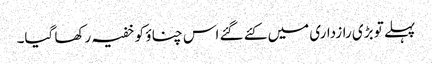
پہلے تو بڑی رازداری میں کئے گئے اس چناؤ کو خفیہ رکھا گیا۔